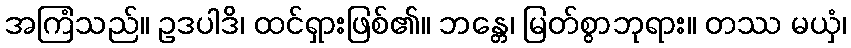
အကြံသည်။ ဥဒပါဒိ၊ ထင်ရှားဖြစ်၏။ ဘန္တေ၊ မြတ်စွာဘုရား။ တဿ မယှံ၊